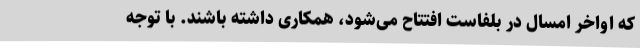
که اواخر امسال در بلفاست افتتاح می‌شود، همکاری داشته باشند. با توجه